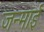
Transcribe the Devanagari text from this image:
जन्माई